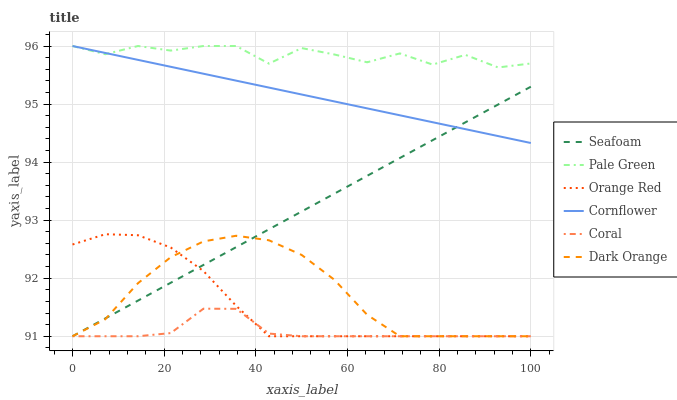
| xaxis_label | Seafoam | Pale Green | Orange Red | Cornflower | Coral | Dark Orange |
 | --- | --- | --- | --- | --- | --- | --- |
 | 0 | 91 | 96 | 92.6 | 96 | 91 | 91 |
 | 7.14 | 91.3 | 95.9 | 92.8 | 95.9 | 91 | 91.3 |
 | 14.3 | 91.6 | 96 | 92.7 | 95.8 | 91 | 91.9 |
 | 21.4 | 91.9 | 95.9 | 92.5 | 95.6 | 91.1 | 92.4 |
 | 28.6 | 92.2 | 96 | 92.1 | 95.5 | 91.5 | 92.6 |
 | 35.7 | 92.5 | 96 | 91.5 | 95.4 | 91.5 | 92.7 |
 | 42.9 | 92.8 | 95.7 | 91 | 95.3 | 91 | 92.7 |
 | 50 | 93.1 | 96 | 91 | 95.2 | 91 | 92.4 |
 | 57.1 | 93.5 | 95.9 | 91 | 95 | 91 | 92 |
 | 64.3 | 93.8 | 95.7 | 91 | 94.9 | 91 | 91.4 |
 | 71.4 | 94.1 | 95.9 | 91 | 94.8 | 91 | 91 |
 | 78.6 | 94.4 | 95.7 | 91 | 94.7 | 91 | 91 |
 | 85.7 | 94.7 | 95.8 | 91 | 94.6 | 91 | 91 |
 | 92.9 | 95 | 95.6 | 91 | 94.4 | 91 | 91 |
 | 100 | 95.3 | 95.7 | 91 | 94.3 | 91 | 91 |